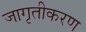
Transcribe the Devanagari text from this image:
जागृतीकरण